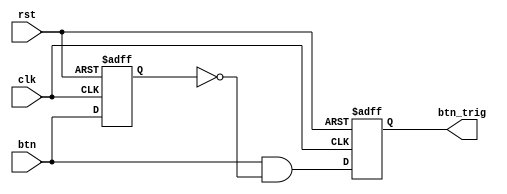
`timescale 1ns / 1ps
//////////////////////////////////////////////////////////////////////////////////
// Company: 
// Engineer: 
// 
// Design Name: 
// Module Name: oneshot
// Project Name: 
// Target Devices: 
// Tool Versions: 
// Description: 
// 
// Dependencies: 
// 
// Revision:
// Revision 0.01 - File Created
// Additional Comments:
// 
//////////////////////////////////////////////////////////////////////////////////


module oneshot(clk, rst, btn, btn_trig);
parameter WIDTH = 1;
input clk, rst;
input[WIDTH-1:0] btn;
reg [WIDTH-1:0] btn_reg;
output reg [WIDTH-1:0] btn_trig;

always @(negedge rst or posedge clk) begin
if(!rst) begin
btn_reg <= {WIDTH{1'b0}};
btn_trig <= {WIDTH{1'b0}};
end
else begin
btn_reg <= btn;
btn_trig <= btn & ~btn_reg;
end
end
endmodule